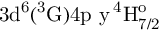
\mathrm { 3 d ^ { 6 } ( ^ { 3 } G ) 4 p \ y \, ^ { 4 } H _ { 7 / 2 } ^ { o } }